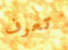
تعرف